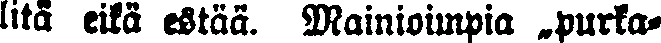
litä eikä estää. Mainioimpia „purka-